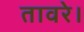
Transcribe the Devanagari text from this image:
तावरे।